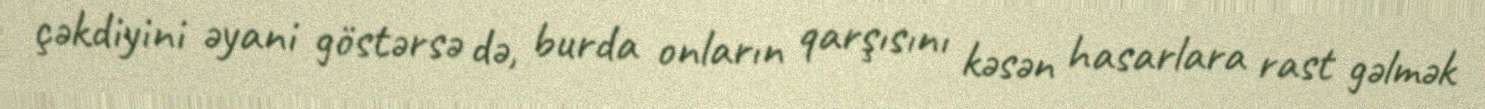
çəkdiyini əyani göstərsə də, burda onların qarşısını kəsən hasarlara rast gəlmək